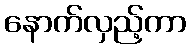
နောက်လှည့်ကာ